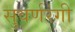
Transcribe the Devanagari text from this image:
सुवर्णरंगी